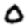
Digit: 0